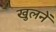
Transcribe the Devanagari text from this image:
खुलनें